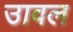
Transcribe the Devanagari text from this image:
उावल